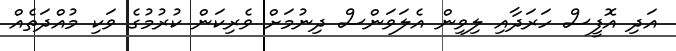
އަދި އޮފީސް ހަރަދާއި ލިވިން އެލަވަންސް ދިނުމަށް ވެރިކަން ކުރުމުގެ ވަކި މުއްދަތެއް